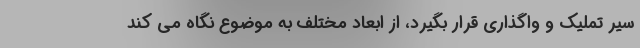
سیر تملیک و واگذاری قرار بگیرد، از ابعاد مختلف به موضوع نگاه می کند